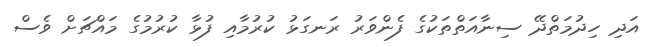
އަދި ހިދުމަތްދޭ ސިނާއަތްތަކުގެ ފެންވަރު ރަނގަޅު ކުރުމާއި ފުޅާ ކުރުމުގެ މައްޗަށް ވެސް